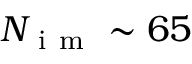
N _ { \mathrm { ~ i ~ m ~ } } \sim 6 5